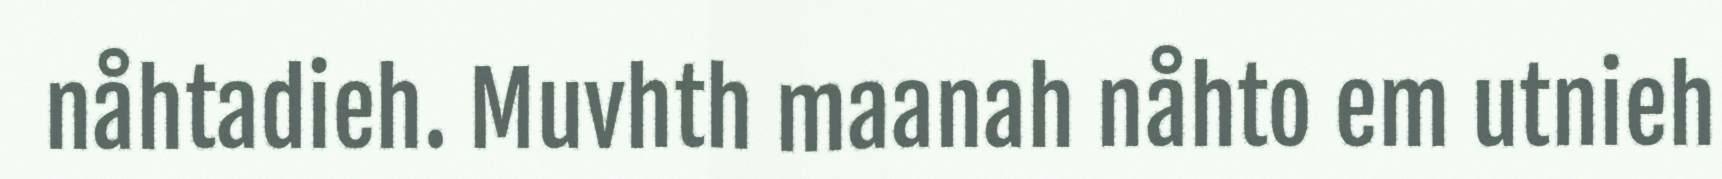
nåhtadieh. Muvhth maanah nåhto em utnieh